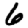
Digit: 6